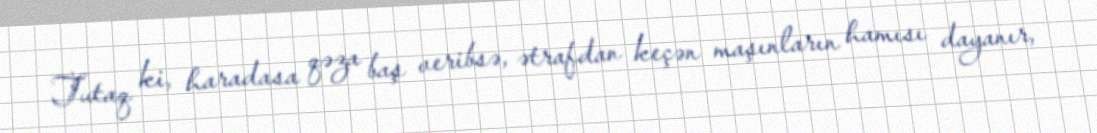
Tutaq ki, haradasa qəza baş veribsə, ətrafdan keçən maşınların hamısı dayanır,